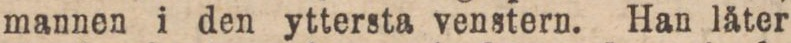
mannen i den yttersta venstern. Han läter